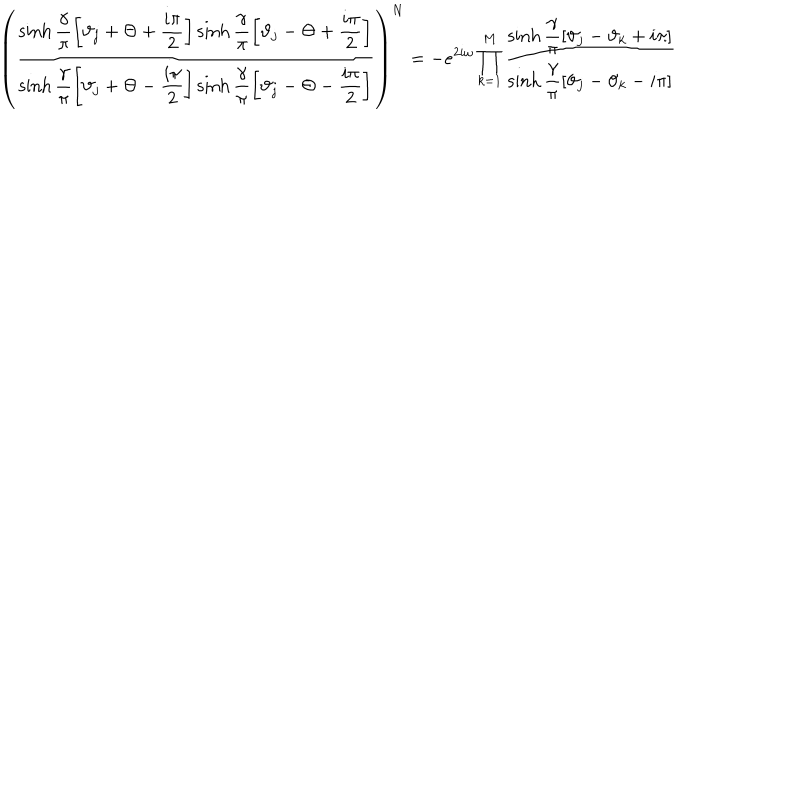
\left( \displaystyle \frac { \sinh \displaystyle \frac { \gamma } { \pi } \left[ \vartheta _ { j } + \Theta + \displaystyle \frac { i \pi } { 2 } \right] \sinh \displaystyle \frac { \gamma } { \pi } \left[ \vartheta _ { j } - \Theta + \displaystyle \frac { i \pi } { 2 } \right] } { \sinh \displaystyle \frac { \gamma } { \pi } \left[ \vartheta _ { j } + \Theta - \displaystyle \frac { i \pi } { 2 } \right] \sinh \displaystyle \frac { \gamma } { \pi } \left[ \vartheta _ { j } - \Theta - \displaystyle \frac { i \pi } { 2 } \right] } \right) ^ { N } = - e ^ { 2 i \omega } \prod _ { k = 1 } ^ { M } \displaystyle \frac { \sinh \displaystyle \frac { \gamma } { \pi } \left[ \vartheta _ { j } - \vartheta _ { k } + i \pi \right] } { \sinh \displaystyle \frac { \gamma } { \pi } \left[ \vartheta _ { j } - \vartheta _ { k } - i \pi \right] }